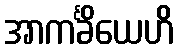
အာကင်္ခိယေဟိ